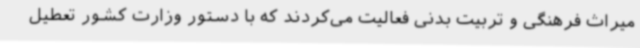
میراث فرهنگی و تربیت بدنی فعالیت می‌کردند که با دستور وزارت کشور تعطیل